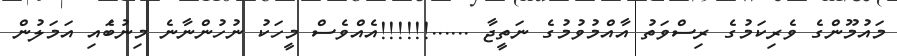
މައުމޫންގެ ވެރިކަމުގެ ރިސްވަތު އާއްމުވުމުގެ ނަތީޖާ ......!!!!!!އެއްވެސް މީހަކު ނުހުންނާނެ މިނުބަެއި އަމަލުން